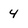
Character: 4